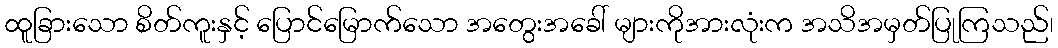
ထူခြားသော စိတ်ကူးနှင့် ပြောင်မြောက်သော အတွေးအခေါ် များကိုအားလုံးက အသိအမှတ်ပြုကြသည်၊